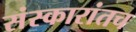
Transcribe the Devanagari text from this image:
संस्कारांतच